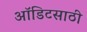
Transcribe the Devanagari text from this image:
ऑडिटसाठी